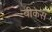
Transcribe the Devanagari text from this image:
बीकेस